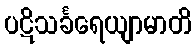
ပဋိသင်္ခရေယျာမာတိ